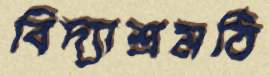
বিদ্যাশ্রমঠি